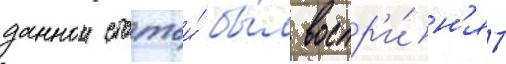
даннои статьи́ бы́л воспр'и́н'ят